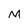
Character: M